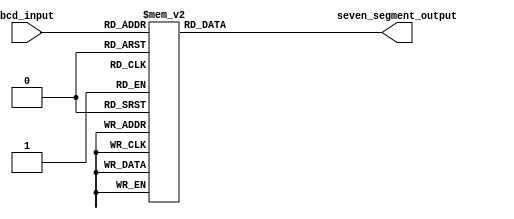
module bcd_decoder (
    input [3:0] bcd_input,
    output reg [6:0] seven_segment_output
);

always @* begin
    case (bcd_input)
        4'b0000: seven_segment_output = 7'b1000000;  // 0
        4'b0001: seven_segment_output = 7'b1111001;  // 1
        4'b0010: seven_segment_output = 7'b0100100;  // 2
        4'b0011: seven_segment_output = 7'b0110000;  // 3
        4'b0100: seven_segment_output = 7'b0011001;  // 4
        4'b0101: seven_segment_output = 7'b0010010;  // 5
        4'b0110: seven_segment_output = 7'b0000010;  // 6
        4'b0111: seven_segment_output = 7'b1111000;  // 7
        4'b1000: seven_segment_output = 7'b0000000;  // 8
        4'b1001: seven_segment_output = 7'b0010000;  // 9
        default: seven_segment_output = 7'b1111111;  // blank
    endcase
end

endmodule